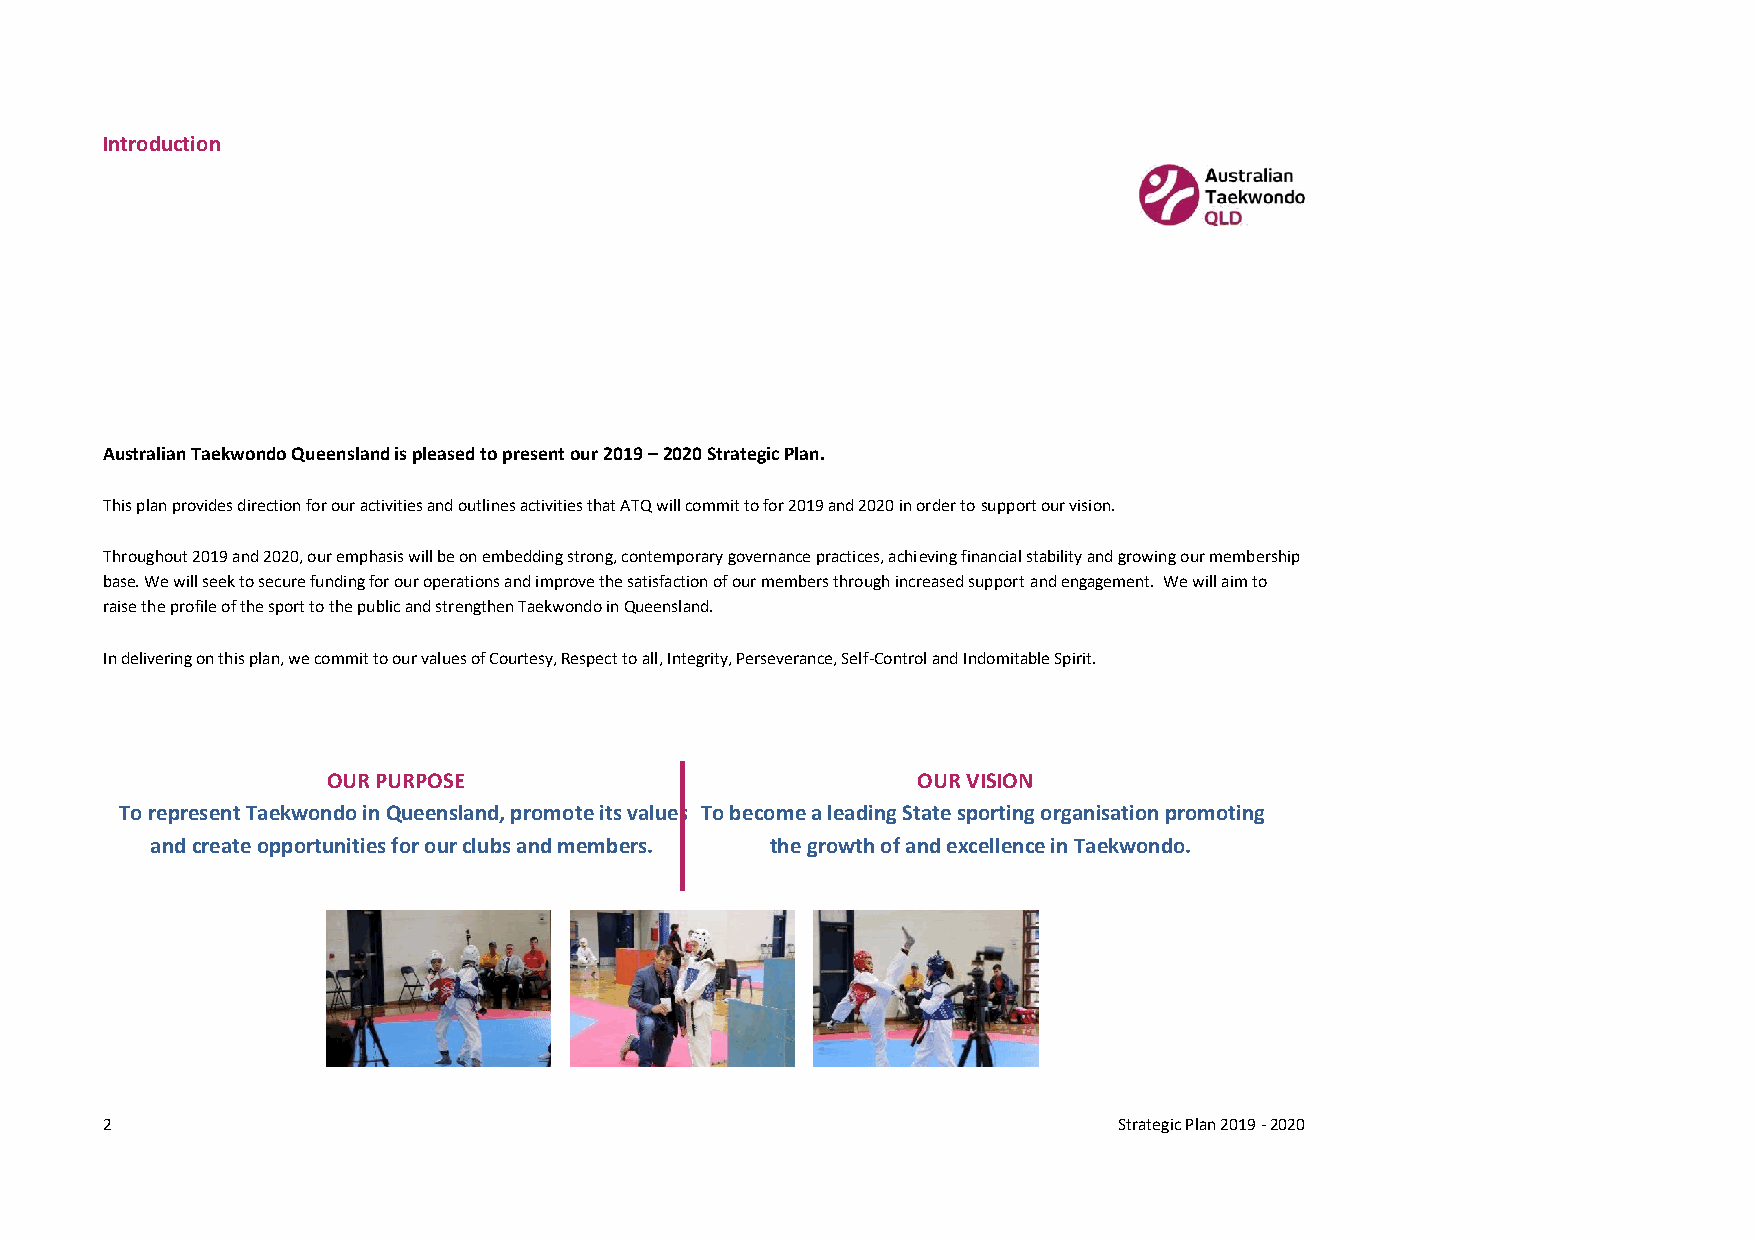
Introduction
 Australian Taekwondo Queensland is pleased to present our 2019 – 2020 Strategic Plan.
 This plan provides direction for our activities and outlines activities that ATQ will commit to for 2019 and 2020 in order to support our vision.
 Throughout 2019 and 2020, our emphasis will be on embedding strong, contemporary governance practices, achieving financial stability and growing our membership
 base. We will seek to secure funding for our operations and improve the satisfaction of our members through increased support and engagement. We will aim to
 raise the profile of the sport to the public and strengthen Taekwondo in Queensland.
 In delivering on this plan, we commit to our values of Courtesy, Respect to all, Integrity, Perseverance, Self-Control and Indomitable Spirit.
 OUR PURPOSE                            OUR VISION
 To represent Taekwondo in Queensland, promote its values To become a leading State sporting organisation promoting
 and create opportunities for our clubs and member s . the growth of and excellence in Taekwondo.
 2                                                                  Strategic Plan 2019 - 2020